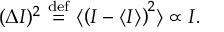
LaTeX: ( \Delta I ) ^ { 2 } \ { \stackrel { \mathrm { d e f } } { = } } \ \langle \left( I - \langle I \rangle \right) ^ { 2 } \rangle \propto I .